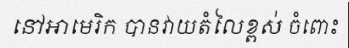
នៅអាមេរិក បានវាយតំលៃខ្ពស់ ចំពោះ